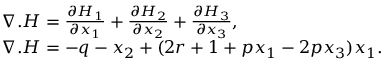
\begin{array} { l l } { { \nabla } . { H } = \frac { \partial { H } _ { 1 } } { \partial { x } _ { 1 } } + \frac { \partial { H } _ { 2 } } { \partial { x } _ { 2 } } + \frac { \partial { H } _ { 3 } } { \partial { x } _ { 3 } } , } \\ { { \nabla } . { H } = - { q } - { x } _ { 2 } + ( 2 { r } + { 1 } + { p } { x } _ { 1 } - { 2 } { p } { x } _ { 3 } ) { x } _ { 1 } . } \end{array}